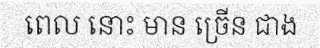
ពេល នោះ មាន ច្រើន ជាង